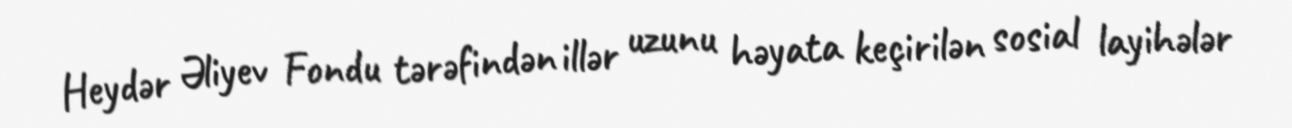
Heydər Əliyev Fondu tərəfindən illər uzunu həyata keçirilən sosial layihələr